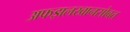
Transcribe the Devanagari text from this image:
अफझलखानसोबत